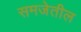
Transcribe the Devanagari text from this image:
समजेतील